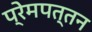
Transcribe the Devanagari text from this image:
प्रेमपत्तन